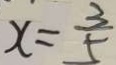
x = \frac { 3 } { 5 }